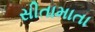
સીતામાતા